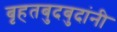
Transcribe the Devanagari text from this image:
बृहतबुदबुदांनी